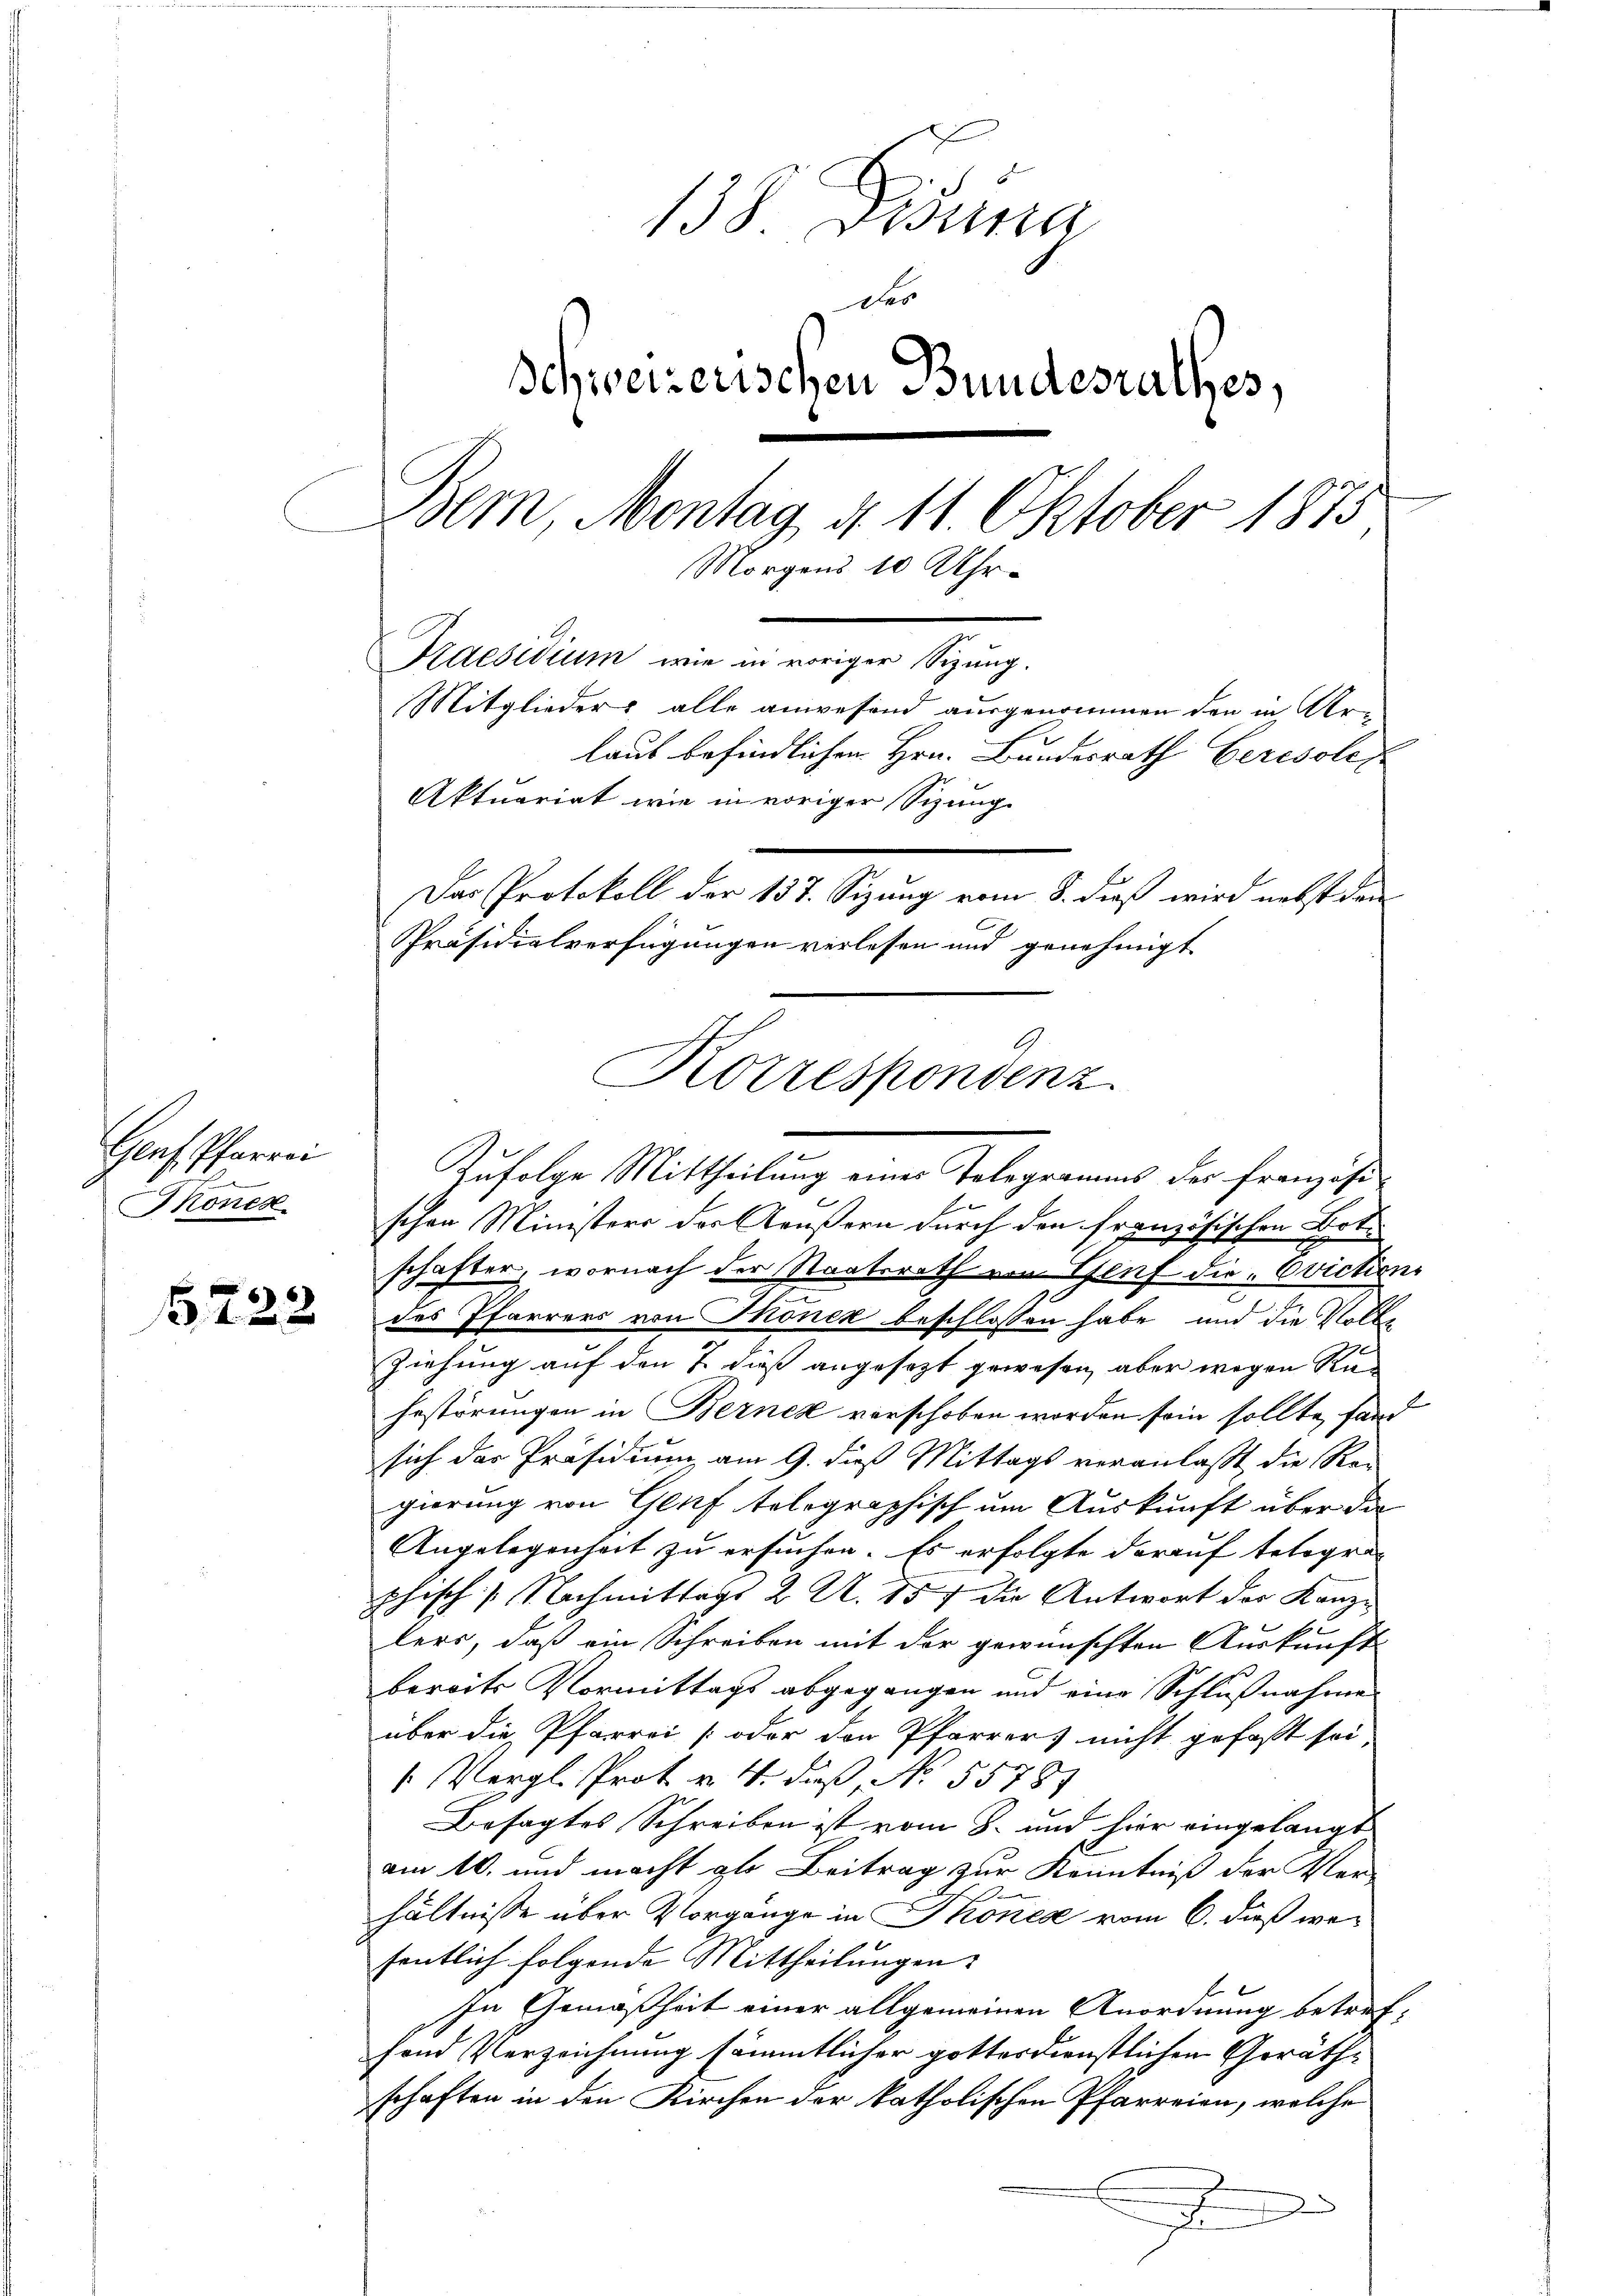
Genf Pfarrei
2.
Monen

222

138. Disena
des
Schweizerischen Bundesrathes,
d
Hern, Montag d. 11. Oktober 1875,
Morgens 10 Uhr¬
Praesidium wie in voriger Sizung.
Mitglieder alle anwesend ausgenommen den in Ar-
laut befindlichen Hrn. Bundesrath Ceresole
Aktuariat wie in voriger Sizung
Das Protokoll der 137. Sizung vom 8. dieß wird nebst den
Präsidialverfügungen verlesen und genehmigt

schen Ministers der Aeußern durch den französischen
Frk.
schafter, wornach der Staatsrath von Genf die „Oviction
des Pfarrers von Thoner beschlossen habe, und die Volke
Ziehung auf den & daß angesezt gewesen, aber wegen Ra
hestörungen in Bernek verschoben worden sein sollte, fand
sich das Präsidium am 9. dieß Mittags veranlaßt die Rei
gierung von Genf telegraphisch um Auskunft über die
Angelegenheit zu ersuchen. Es erfolgte darauf telegraphisch 1. Nachmittags 2. A. 857 die Antwort der Kanzlers, daß ein Schreiben mit der gewünschten Auskunft
bereits Vormittags abgegangen und eine Schlußnahme
über die Pfarrei oder den Pfarrers nicht gefaßt sei,
 Vergl. Prot. v. 4. daß No. 55781
Besagtes Schreiben ist vom 8. und hier eingelangt
am 10. und macht gl. Beitrag zur Kenntniß der Ver-
d
hältnisse über Vorgänge in Thonese vom 6. dieß wesentlich folgende Mittheilungen
In Gemäßheit einer allgemeinen Anordnung betreffend Verzeichnung sämmtlicher gottesdienstlichen Geräthschaften in den Kirchen der katholischen Pfarreien, welche
.

Korrespondenz.
Zufolge Mittheilung eines Telegramms der französi-